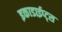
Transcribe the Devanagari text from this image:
इकाडाईप्ट्स